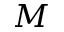
M